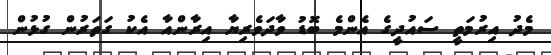
މެދު އިރުމަތީ ސައުދީގެ އެންމެ ބޮޑު ވާދަވެރިޔާ އިރާންއާ އެކު ގަތަރުން ގުޅުން